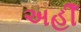
અહીઁ